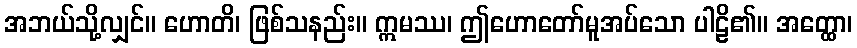
အဘယ်သို့လျှင်။ ဟောတိ၊ ဖြစ်သနည်း။ ဣမဿ၊ ဤဟောတော်မူအပ်သော ပါဠိ၏။ အတ္ထော၊